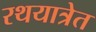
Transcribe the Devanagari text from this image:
रथयात्रेत